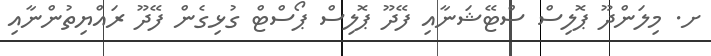
ށ. މިލަންދޫ ޕޮލިސް ސްޓޭޝަނާއި ފޭދޫ ޕޮލިސް ޕޯސްޓް ގުޅިގެން ފޭދޫ ރައްޔިތުންނާއި